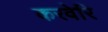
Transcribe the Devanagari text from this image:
करवेरि